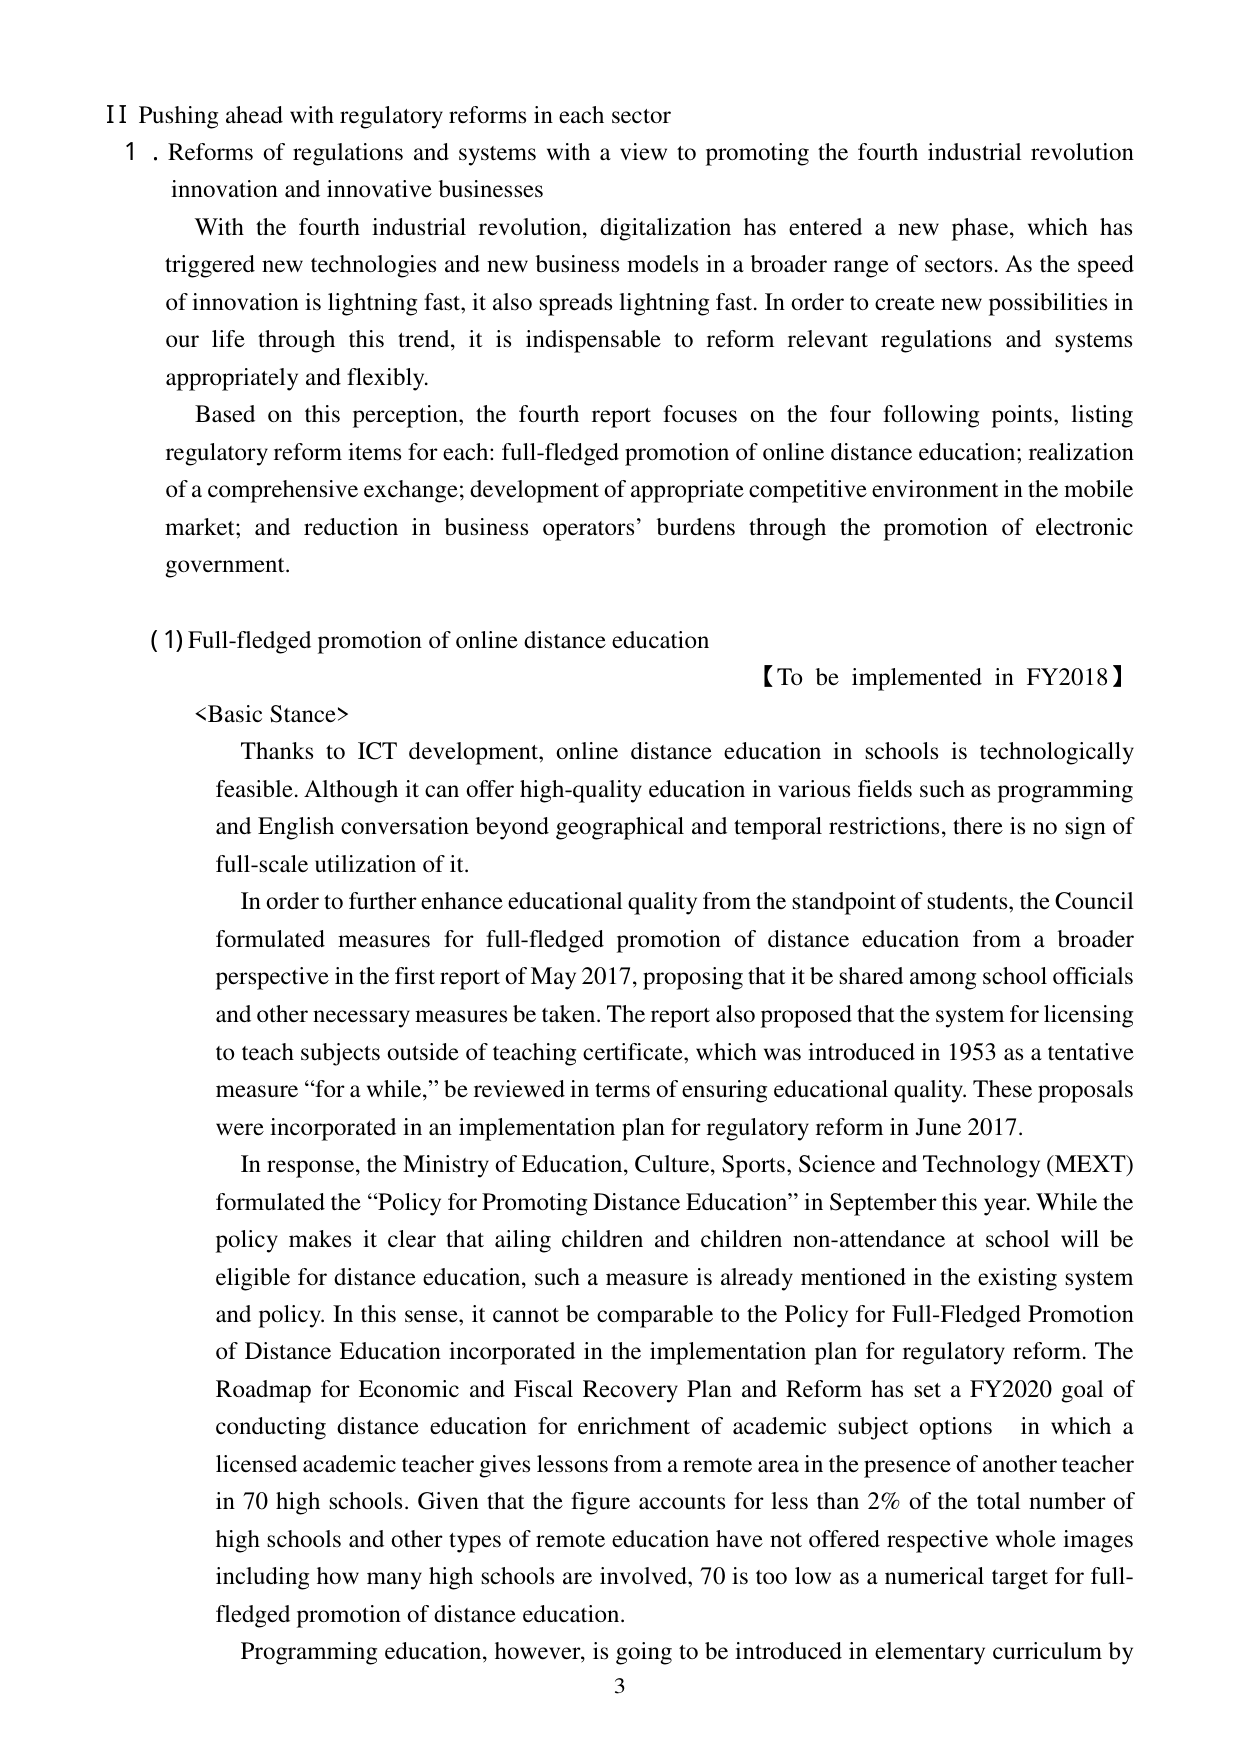
II Pushing ahead with regulatory reforms in each sector
1. Reforms of regulations and systems with a view to promoting the fourth industrial revolution innovation and innovative businesses

With the fourth industrial revolution, digitalization has entered a new phase, which has triggered new technologies and new business models in a broader range of sectors. As the speed of innovation is lightning fast, it also spreads lightning fast. In order to create new possibilities in our life through this trend, it is indispensable to reform relevant regulations and systems appropriately and flexibly.

Based on this perception, the fourth report focuses on the four following points, listing regulatory reform items for each: full-fledged promotion of online distance education; realization of a comprehensive exchange; development of appropriate competitive environment in the mobile market; and reduction in business operators’ burdens through the promotion of electronic government.

(1) Full-fledged promotion of online distance education
【To be implemented in FY2018】

<Basic Stance>
Thanks to ICT development, online distance education in schools is technologically feasible. Although it can offer high-quality education in various fields such as programming and English conversation beyond geographical and temporal restrictions, there is no sign of full-scale utilization of it.

In order to further enhance educational quality from the standpoint of students, the Council formulated measures for full-fledged promotion of distance education from a broader perspective in the first report of May 2017, proposing that it be shared among school officials and other necessary measures be taken. The report also proposed that the system for licensing to teach subjects outside of teaching certificate, which was introduced in 1953 as a tentative measure “for a while,” be reviewed in terms of ensuring educational quality. These proposals were incorporated in an implementation plan for regulatory reform in June 2017.

In response, the Ministry of Education, Culture, Sports, Science and Technology (MEXT) formulated the “Policy for Promoting Distance Education” in September this year. While the policy makes it clear that ailing children and children non-attendance at school will be eligible for distance education, such a measure is already mentioned in the existing system and policy. In this sense, it cannot be comparable to the Policy for Full-Fledged Promotion of Distance Education incorporated in the implementation plan for regulatory reform. The Roadmap for Economic and Fiscal Recovery Plan and Reform has set a FY2020 goal of conducting distance education for enrichment of academic subject options in which a licensed academic teacher gives lessons from a remote area in the presence of another teacher in 70 high schools. Given that the figure accounts for less than 2% of the total number of high schools and other types of remote education have not offered respective whole images including how many high schools are involved, 70 is too low as a numerical target for full-fledged promotion of distance education.

Programming education, however, is going to be introduced in elementary curriculum by
3